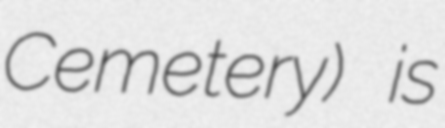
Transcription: Cemetery) is